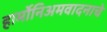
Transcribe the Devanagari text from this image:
हार्मोनिअमवादनाचे